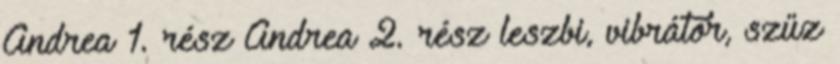
Andrea 1. rész Andrea 2. rész leszbi, vibrátor, szűz